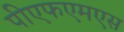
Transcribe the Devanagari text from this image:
पीएफएमएस